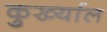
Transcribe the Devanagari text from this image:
कुर्ख्याल